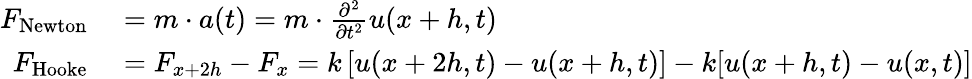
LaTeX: \begin{array}{rl}{F_{\mathrm{{Newton}}}}&{{}=m\cdot a(t)=m\cdot{\frac{\partial^{2}}{\partial t^{2}}}u(x+h,t)}\\ {F_{\mathrm{{Hooke}}}}&{{}=F_{x+2h}-F_{x}=k\left[{u(x+2h,t)-u(x+h,t)}\right]-k[u(x+h,t)-u(x,t)]}\end{array}